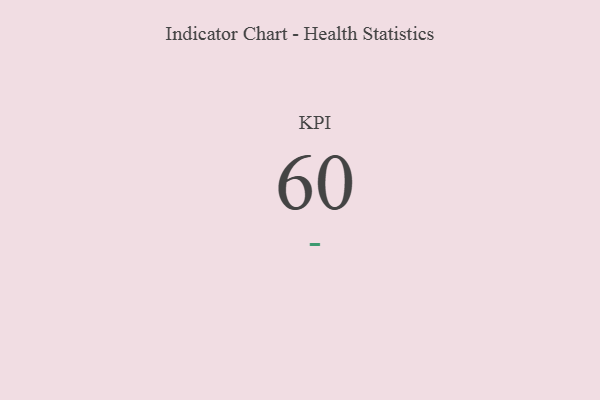
{"axis": {"x": "KPI", "y": "Value"}, "legend": [""], "data": [{"x": "KPI", "y": 60, "type": ""}]}